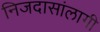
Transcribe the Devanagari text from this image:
निजदासांलागी